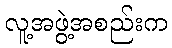
လူ့အဖွဲ့အစည်းက